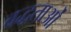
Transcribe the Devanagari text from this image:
बद्धताओं